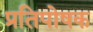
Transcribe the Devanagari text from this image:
प्रतिपोषक